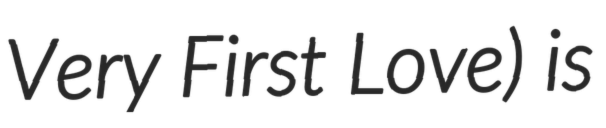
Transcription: Very First Love) is